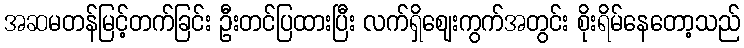
အဆမတန်မြင့်တက်ခြင်း ဦးတင်ပြထားပြီး လက်ရှိဈေးကွက်အတွင်း စိုးရိမ်နေတော့သည်